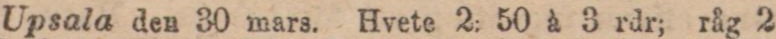
Upsala den 30 mars. Hvete 2: 50 à 3 rdr; råg 2